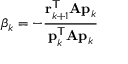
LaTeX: \beta _ { k } = - { \frac { \mathbf { r } _ { k + 1 } ^ { \mathsf { T } } \mathbf { A } \mathbf { p } _ { k } } { \mathbf { p } _ { k } ^ { \mathsf { T } } \mathbf { A } \mathbf { p } _ { k } } }